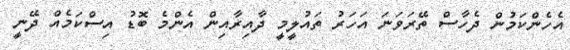
އެހެންކަމުން ދެހާސް ތޭރަވަނަ އަހަރު ތައުލީމީ ދާއިރާއިން އެންމެ ބޮޑު އިސްކަމެއް ދޭނީ